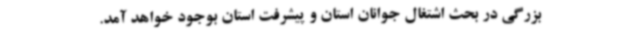
بزرگی در بحث اشتغال جوانان استان و پیشرفت استان بوجود خواهد آمد.